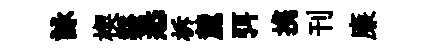
詠楔谿悉柝麓弭携刊廉